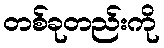
တစ်ခုတည်းကို